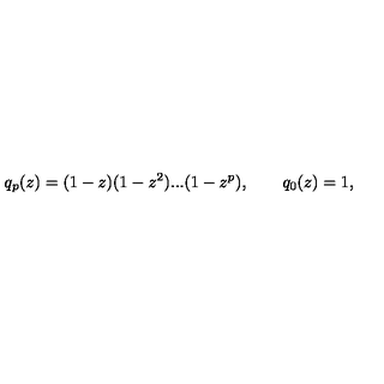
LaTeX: q _ { p } ( z ) = ( 1 - z ) ( 1 - z ^ { 2 } ) . . . ( 1 - z ^ { p } ) , \qquad q _ { 0 } ( z ) = 1 ,